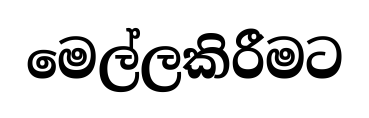
මෙල්ලකිරීමට